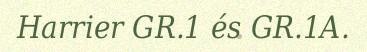
Harrier GR.1 és GR.1A.